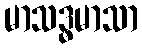
မာသဒ္ဓမာသာ